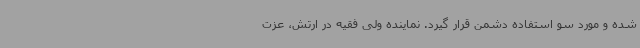
شده و مورد سو استفاده دشمن قرار گیرد. نماینده ولی فقیه در ارتش، عزت